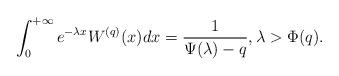
LaTeX: \begin{align*}\int_0^{+\infty}e^{-\lambda x} W^{(q)}(x)dx = \frac{1}{\Psi(\lambda)-q},\lambda > \Phi(q).\end{align*}